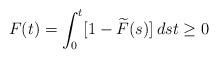
LaTeX: \begin{align*}F(t)=\int_{0}^{t}[1-\widetilde{F}(s)]\,dst\geq0\end{align*}